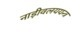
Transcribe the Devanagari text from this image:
नाड़ीवलययन्त्र